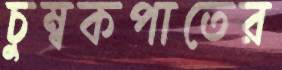
চুম্বকপাতের